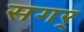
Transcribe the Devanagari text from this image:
सगर्